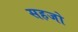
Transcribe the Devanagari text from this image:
सहजो